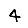
Digit: 4